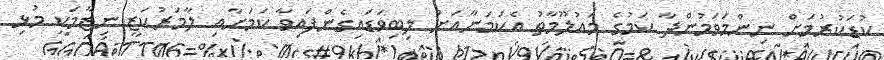
ކުޑަކުރުމަށް ނިންމަވަމުންދާ ކަމުގެ މައުލޫމާތު އެކަމަނާއަށް ލިބިވަޑައިގެންފައިވާ ކަމަށާއި ލާމަރުކަޒީ ނިޒާމަކީ މުޅި